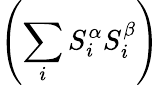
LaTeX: \left(\sum_{i}S_{i}^{\alpha}S_{i}^{\beta}\right)